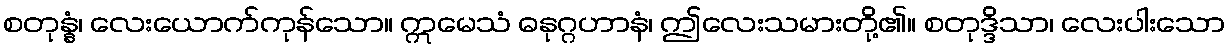
စတုန္နံ၊ လေးယောက်ကုန်သော။ ဣမေသံ ဓနုဂ္ဂဟာနံ၊ ဤလေးသမားတို့၏။ စတုဒ္ဒိသာ၊ လေးပါးသော